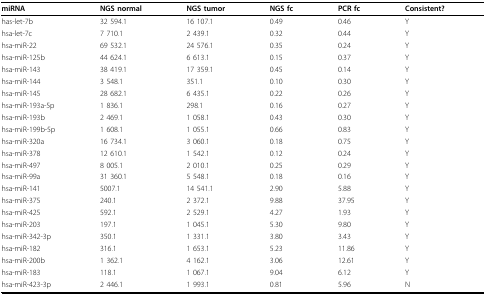
<table><thead><tr><td><b>miRNA</b></td><td><b>NGS normal</b></td><td><b>NGS tumor</b></td><td><b>NGS fc</b></td><td><b>PCR fc</b></td><td><b>Consistent?</b></td></tr></thead><tbody><tr><td>has-let-7b</td><td>32 594.1</td><td>16 107.1</td><td>0.49</td><td>0.46</td><td>Y</td></tr><tr><td>hsa-let-7c</td><td>7 710.1</td><td>2 439.1</td><td>0.32</td><td>0.44</td><td>Y</td></tr><tr><td>hsa-miR-22</td><td>69 532.1</td><td>24 576.1</td><td>0.35</td><td>0.24</td><td>Y</td></tr><tr><td>hsa-miR-125b</td><td>44 624.1</td><td>6 613.1</td><td>0.15</td><td>0.37</td><td>Y</td></tr><tr><td>hsa-miR-143</td><td>38 419.1</td><td>17 359.1</td><td>0.45</td><td>0.14</td><td>Y</td></tr><tr><td>hsa-miR-144</td><td>3 548.1</td><td>351.1</td><td>0.10</td><td>0.30</td><td>Y</td></tr><tr><td>hsa-miR-145</td><td>28 682.1</td><td>6 435.1</td><td>0.22</td><td>0.26</td><td>Y</td></tr><tr><td>hsa-miR-193a-5p</td><td>1 836.1</td><td>298.1</td><td>0.16</td><td>0.27</td><td>Y</td></tr><tr><td>hsa-miR-193b</td><td>2 469.1</td><td>1 058.1</td><td>0.43</td><td>0.30</td><td>Y</td></tr><tr><td>hsa-miR-199b-5p</td><td>1 608.1</td><td>1 055.1</td><td>0.66</td><td>0.83</td><td>Y</td></tr><tr><td>hsa-miR-320a</td><td>16 734.1</td><td>3 060.1</td><td>0.18</td><td>0.75</td><td>Y</td></tr><tr><td>hsa-miR-378</td><td>12 610.1</td><td>1 542.1</td><td>0.12</td><td>0.24</td><td>Y</td></tr><tr><td>hsa-miR-497</td><td>8 005.1</td><td>2 010.1</td><td>0.25</td><td>0.29</td><td>Y</td></tr><tr><td>hsa-miR-99a</td><td>31 360.1</td><td>5 548.1</td><td>0.18</td><td>0.16</td><td>Y</td></tr><tr><td>hsa-miR-141</td><td>5007.1</td><td>14 541.1</td><td>2.90</td><td>5.88</td><td>Y</td></tr><tr><td>hsa-miR-375</td><td>240.1</td><td>2 372.1</td><td>9.88</td><td>37.95</td><td>Y</td></tr><tr><td>hsa-miR-425</td><td>592.1</td><td>2 529.1</td><td>4.27</td><td>1.93</td><td>Y</td></tr><tr><td>hsa-miR-203</td><td>197.1</td><td>1 045.1</td><td>5.30</td><td>9.80</td><td>Y</td></tr><tr><td>hsa-miR-342-3p</td><td>350.1</td><td>1 331.1</td><td>3.80</td><td>3.43</td><td>Y</td></tr><tr><td>hsa-miR-182</td><td>316.1</td><td>1 653.1</td><td>5.23</td><td>11.86</td><td>Y</td></tr><tr><td>hsa-miR-200b</td><td>1 362.1</td><td>4 162.1</td><td>3.06</td><td>12.61</td><td>Y</td></tr><tr><td>hsa-miR-183</td><td>118.1</td><td>1 067.1</td><td>9.04</td><td>6.12</td><td>Y</td></tr><tr><td>hsa-miR-423-3p</td><td>2 446.1</td><td>1 993.1</td><td>0.81</td><td>5.96</td><td>N</td></tr></tbody></table>